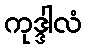
ကုဒ္ဒါလံ